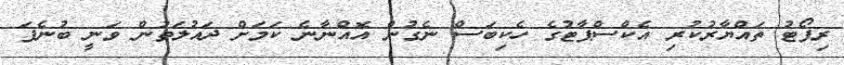
ރިޕޯޓު ތައްޔާރުކުރި އެކްސްޕާޓުގެ ހެކިބަސް ނެގުން އޮއްނާނެ ކަމަށް ދައުލަތުން ވަނީ ބުނެފަ